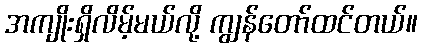
အကျိုးရှိလိမ့်မယ်လို့ ကျွန်တော်ထင်တယ်။